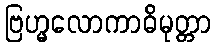
ဗြဟ္မလောကာဓိမုတ္တာ